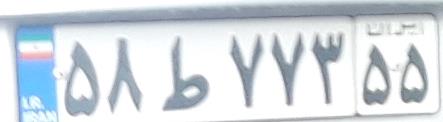
۵۸ط۷۷۳۵۵